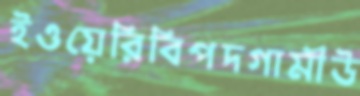
ইওয়েরিবিপদগামীউ